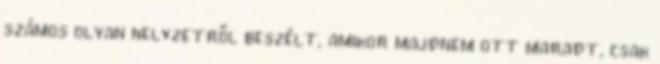
számos olyan helyzetről beszélt, amikor majdnem ott maradt, csak